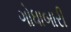
ગોધાબારી